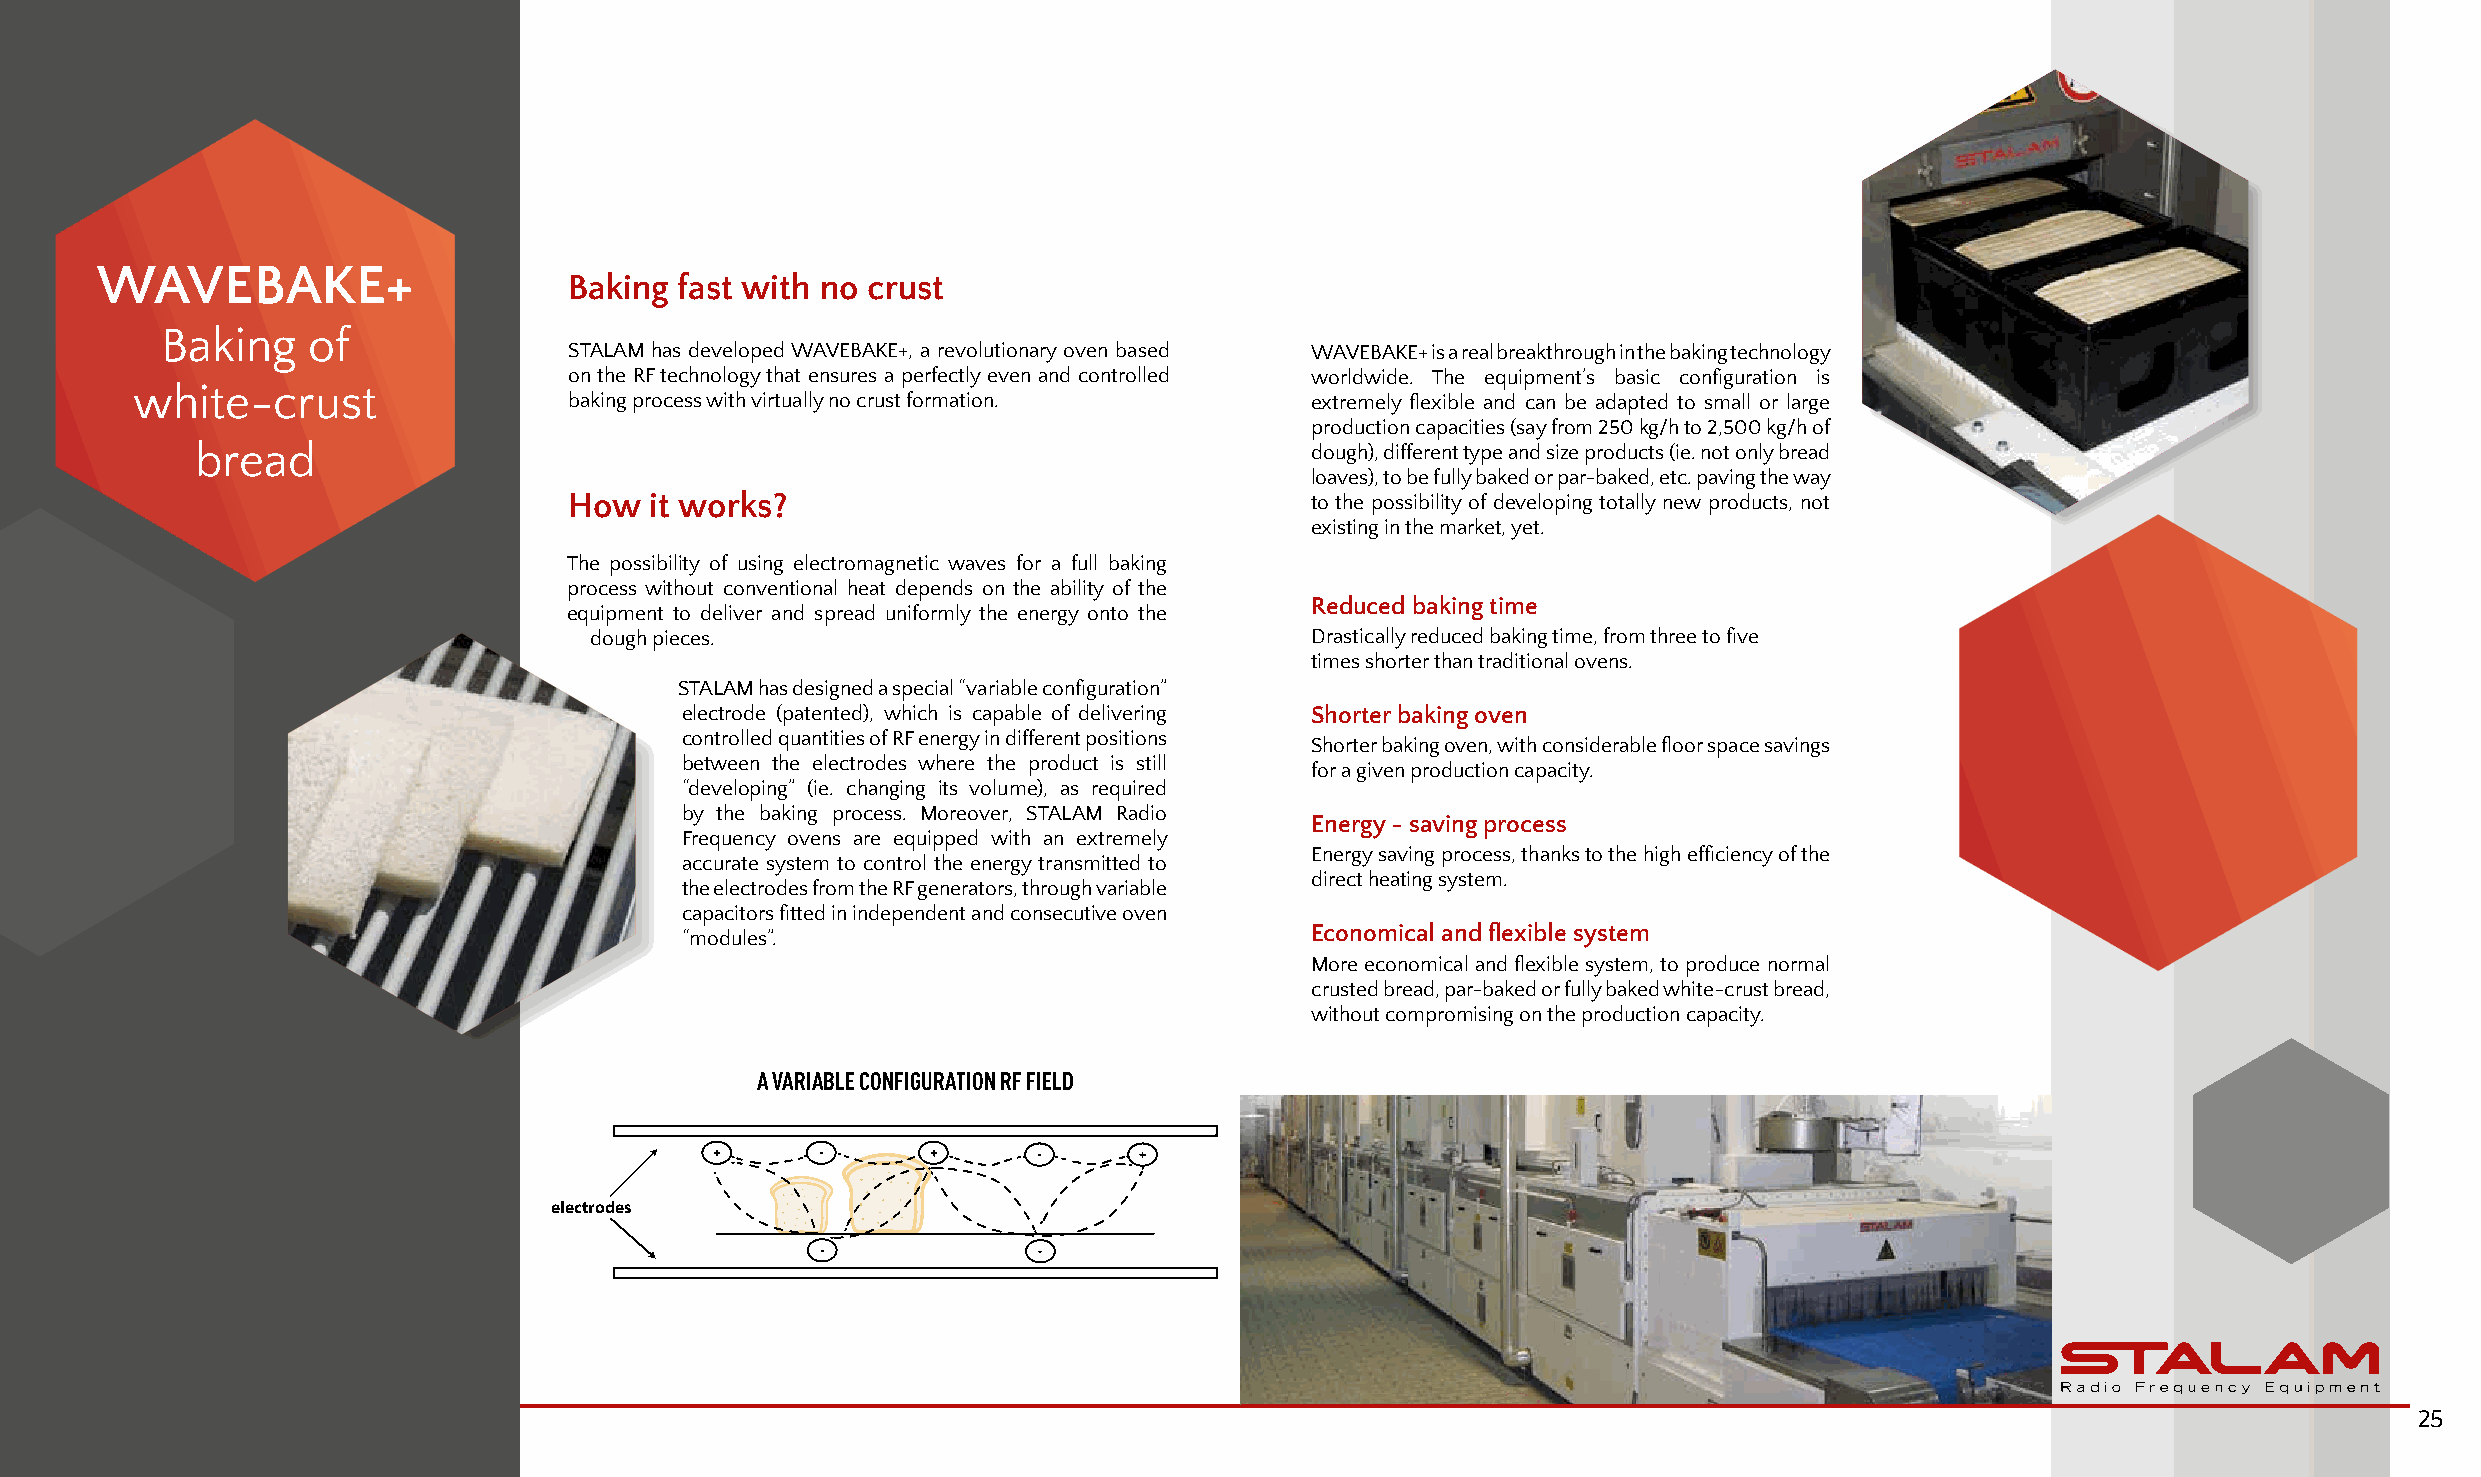
WAVEBAKE+
 Baking fast with no crust
 Baking   of
 STALAM has developed WAVEBAKE+, a revolutionary oven based WAVEBAKE+ is a real breakthrough in the baking technology
 on the RF technology that ensures a perfectly even and controlled worldwide. The equipment’s basic configuration is
 white-crust
 baking process with virtually no crust formation. extremely flexible and can be adapted to small or large
 production capacities (say from 250 kg/h to 2,500 kg/h of
 bread                                                                     dough), different type and size products (ie. not only bread
 loaves), to be fully baked or par-baked, etc. paving the way
 How  it works?                                   to the possibility of developing totally new products, not
 existing in the market, yet.
 The possibility of using electromagnetic waves for a full baking
 process without conventional heat depends on the ability of the
 Reduced baking time
 equipment to deliver and spread uniformly the energy onto the
 dough pieces.                                   Drastically reduced baking time, from three to five
 times shorter than traditional ovens.
 STALAM has designed a special “variable configuration”
 electrode (patented), which is capable of delivering Shorter baking oven
 controlled quantities of RF energy in different positions
 Shorter baking oven, with considerable floor space savings
 between the electrodes where the product is still
 for a given production capacity.
 “developing” (ie. changing its volume), as required
 by the baking process. Moreover, STALAM Radio
 Energy - saving process
 Frequency ovens are equipped with an extremely
 Energy saving process, thanks to the high efficiency of the
 accurate system to control the energy transmitted to
 direct heating system.
 the electrodes from the RF generators, through variable
 capacitors fitted in independent and consecutive oven
 Economical and flexible system
 “modules”.
 More economical and flexible system, to produce normal
 crusted bread, par-baked or fully baked white-crust bread,
 without compromising on the production capacity.
 A VARIABLE CONFIGURATION RF FIELD
 +      -       +      -     +
 electrodes
 -              -
 25